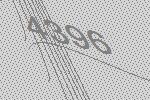
4396